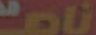
ناصر